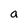
Character: a